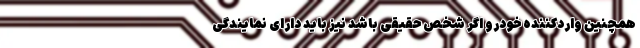
همچنین واردکننده خودرو اگر شخص حقیقی باشد نیز باید دارای نمایندگی